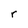
Character: r